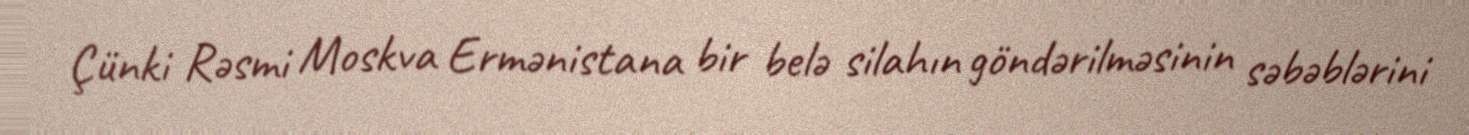
Çünki Rəsmi Moskva Ermənistana bir belə silahın göndərilməsinin səbəblərini